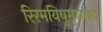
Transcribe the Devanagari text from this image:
रिरमयिषुमृष्यस्य